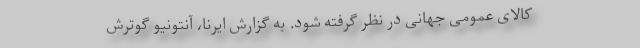
کالای عمومی جهانی در نظر گرفته شود. به گزارش ایرنا، آنتونیو گوترش